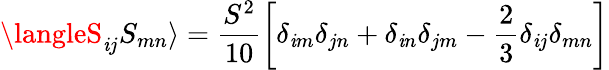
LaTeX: \langleS_{\mathit{i}j}S_{mn}\rangle=\frac{{S^{2}}}{{10}}\left[\delta_{\mathit{i}m}\delta_{jn}+\delta_{\mathit{i}n}\delta_{jm}-\frac{{2}}{{3}}\delta_{\mathit{i}j}\delta_{mn}\right]